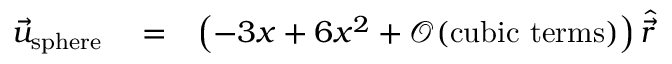
\begin{array} { r l r } { \vec { u } _ { \mathrm { s p h e r e } } } & { { } = } & { \left( - 3 x + 6 x ^ { 2 } + \mathcal { O } ( \mathrm { c u b i c ~ t e r m s } ) \right) \hat { \vec { r } } } \end{array}